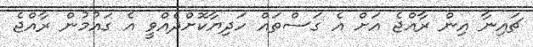
ޗައިނާ އިން ރާއްޖެ އަށް އެ ގަސްތައް ހަދިޔާކޮށްދެއްވީ އެ ގައުމުން ރާއްޖެ